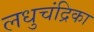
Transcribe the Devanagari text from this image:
लधुचंद्रिका